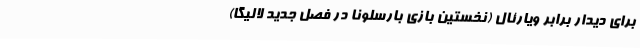
برای دیدار برابر ویارئال (نخستین بازی بارسلونا در فصل جدید لالیگا)